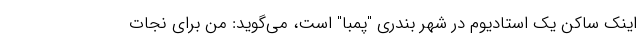
اینک ساکن یک استادیوم در شهر بندری "پمبا" است، می‌گوید: من برای نجات